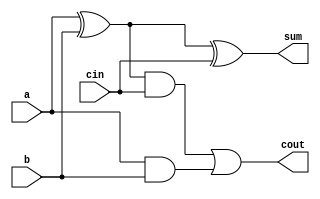
module full_adder(a, b, sum, cin, cout);

input a;
input b;
input cin;
output sum;
output cout;

wire sum1;
wire c_in1;
wire c_out1;

xor(sum1, a, b);
and (c_in1, a, b);
xor (sum, sum1, cin);
and (c_out1, sum1, cin);
or(cout, c_out1, c_in1);

endmodule